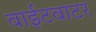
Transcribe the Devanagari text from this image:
वाईटवाटर